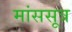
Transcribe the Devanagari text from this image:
मांससूत्र